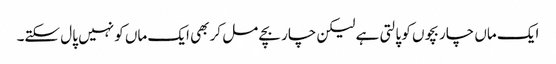
ایک ماں چار بچوں کو پالتی ہے لیکن چار بچے مل کر بھی ایک ماں کو نہیں پال سکتے۔